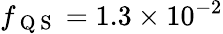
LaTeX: f_{\mathrm{~Q~S~}}=1.3\times 10^{-2}